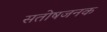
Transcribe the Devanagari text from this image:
सतोषजनक